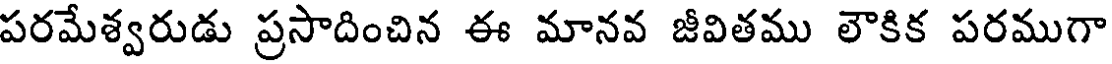
పరమేశ్వరుడు ప్రసాదించిన ఈ మానవ జీవితము లౌకిక పరముగా